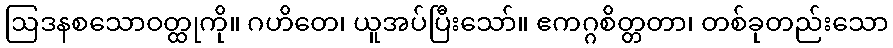
ဩဒနစသောဝတ္ထုကို။ ဂဟိတေ၊ ယူအပ်ပြီးသော်။ ဧကဂ္ဂစိတ္တတာ၊ တစ်ခုတည်းသော